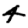
Digit: 4